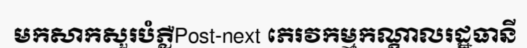
មកសាកសួរបំភ្លឺPost-next ភេរវកម្មកណ្តាលរដ្ឋធានី